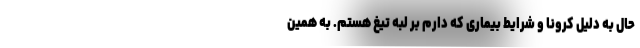
حال به دلیل کرونا و شرایط بیماری که دارم بر لبه تیغ هستم. به همین